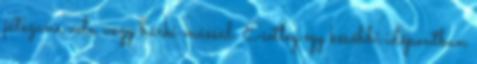
játszana vele, vagy bárki mással. Esetleg egy későbbi időpontban